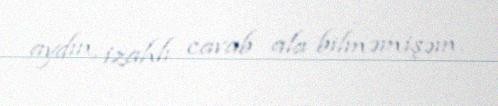
aydın, izahlı cavab ala bilməmişəm.